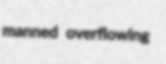
manned overflowing